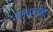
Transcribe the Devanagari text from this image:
रामकलीय